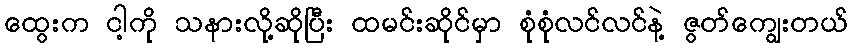
ထွေးက ငါ့ကို သနားလို့ဆိုပြီး ထမင်းဆိုင်မှာ စုံစုံလင်လင်နဲ့ ဇွတ်ကျွေးတယ်